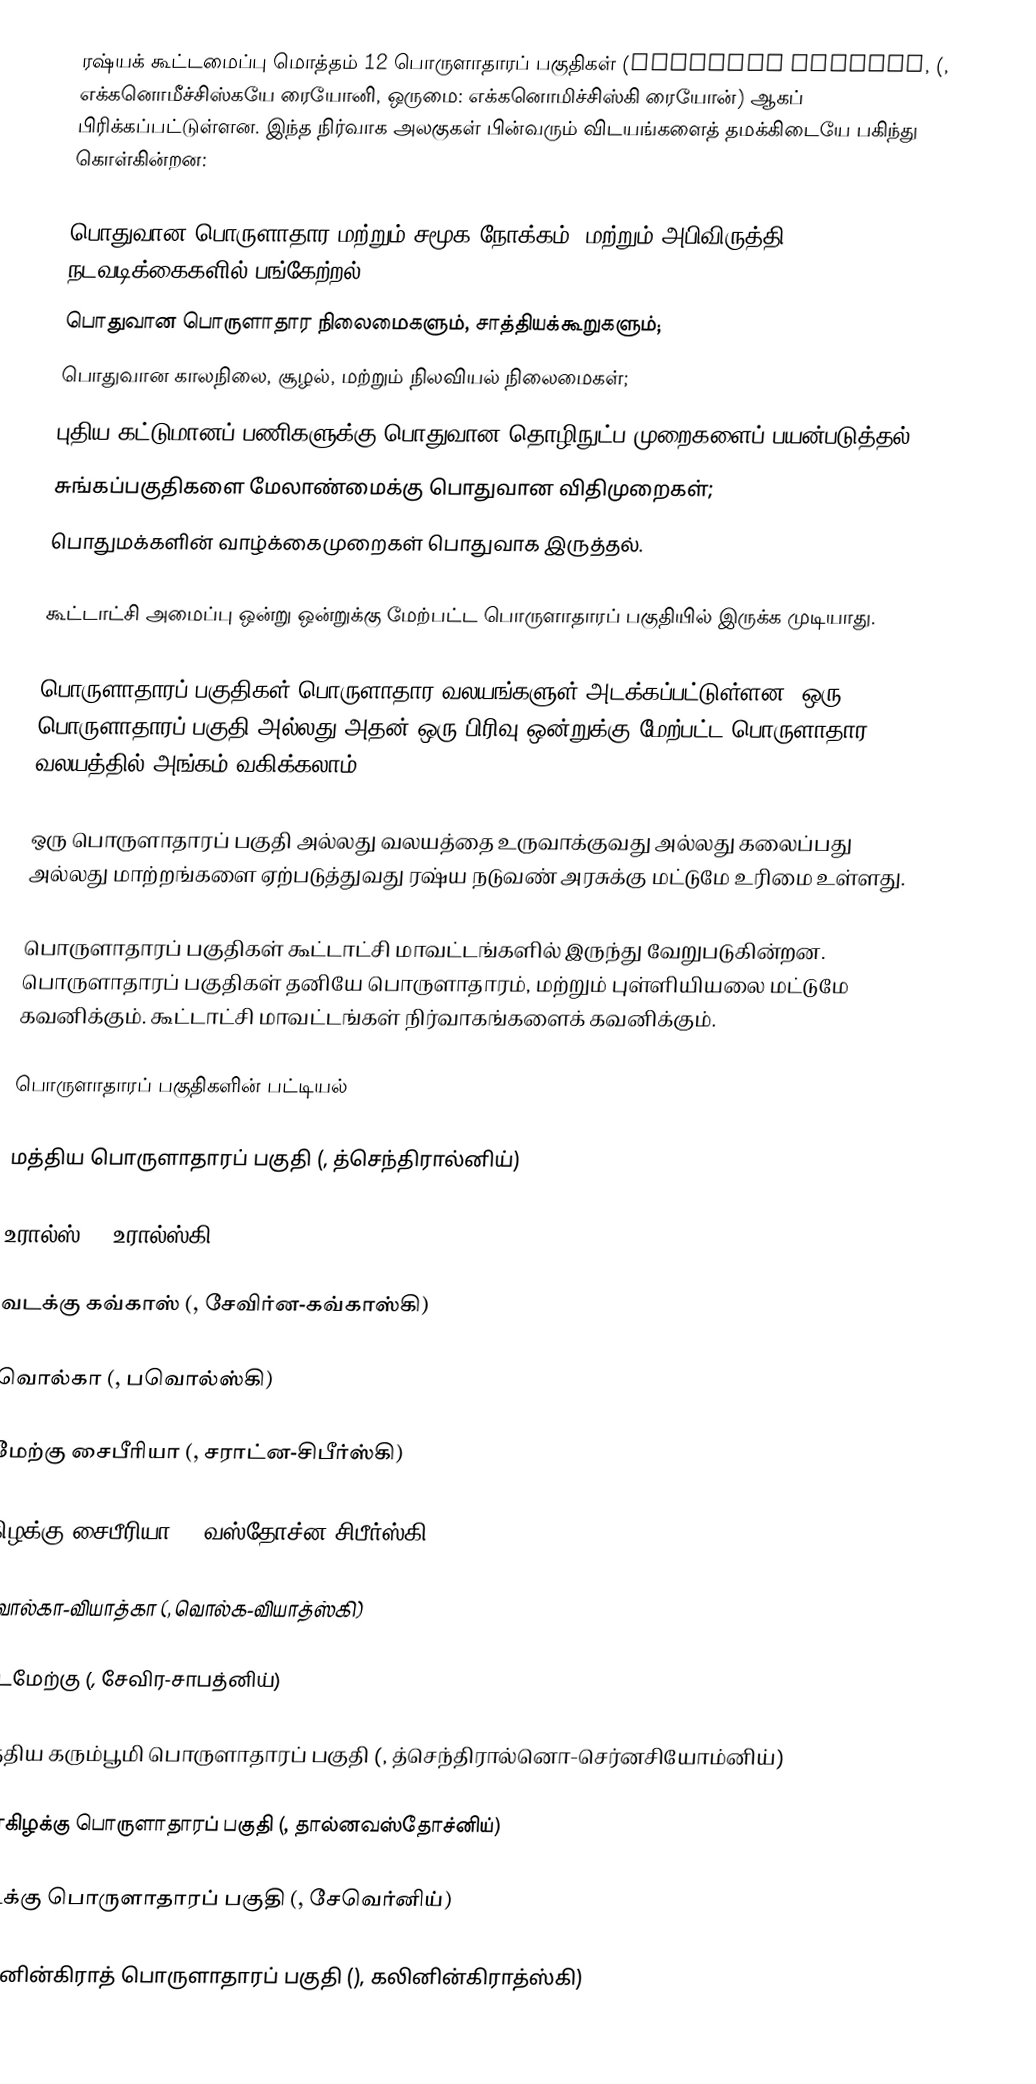
ரஷ்யக் கூட்டமைப்பு மொத்தம் 12 பொருளாதாரப் பகுதிகள் (economic regions, (, எக்கனொமீச்சிஸ்கயே ரையோனி, ஒருமை: எக்கனொமிச்சிஸ்கி ரையோன்) ஆகப் பிரிக்கப்பட்டுள்ளன. இந்த நிர்வாக அலகுகள் பின்வரும் விடயங்களைத் தமக்கிடையே பகிந்து கொள்கின்றன:

 பொதுவான பொருளாதார மற்றும் சமூக நோக்கம், மற்றும் அபிவிருத்தி நடவடிக்கைகளில் பங்கேற்றல்;
 பொதுவான பொருளாதார நிலைமைகளும், சாத்தியக்கூறுகளும்;
 பொதுவான காலநிலை, சூழல், மற்றும் நிலவியல் நிலைமைகள்;
 புதிய கட்டுமானப் பணிகளுக்கு பொதுவான தொழிநுட்ப முறைகளைப் பயன்படுத்தல்;
 சுங்கப்பகுதிகளை மேலாண்மைக்கு பொதுவான விதிமுறைகள்;
 பொதுமக்களின் வாழ்க்கைமுறைகள் பொதுவாக இருத்தல்.

கூட்டாட்சி அமைப்பு ஒன்று ஒன்றுக்கு மேற்பட்ட பொருளாதாரப் பகுதியில் இருக்க முடியாது.

பொருளாதாரப் பகுதிகள் பொருளாதார வலயங்களுள் அடக்கப்பட்டுள்ளன. ஒரு பொருளாதாரப் பகுதி அல்லது அதன் ஒரு பிரிவு ஒன்றுக்கு மேற்பட்ட பொருளாதார வலயத்தில் அங்கம் வகிக்கலாம்.

ஒரு பொருளாதாரப் பகுதி அல்லது வலயத்தை உருவாக்குவது அல்லது கலைப்பது அல்லது மாற்றங்களை ஏற்படுத்துவது ரஷ்ய நடுவண் அரசுக்கு மட்டுமே உரிமை உள்ளது.

பொருளாதாரப் பகுதிகள் கூட்டாட்சி மாவட்டங்களில் இருந்து வேறுபடுகின்றன. பொருளாதாரப் பகுதிகள் தனியே பொருளாதாரம், மற்றும் புள்ளியியலை மட்டுமே கவனிக்கும். கூட்டாட்சி மாவட்டங்கள் நிர்வாகங்களைக் கவனிக்கும்.

பொருளாதாரப் பகுதிகளின் பட்டியல்

 மத்திய பொருளாதாரப் பகுதி (, த்செந்திரால்னிய்)

 உரால்ஸ் (, உரால்ஸ்கி)

 வடக்கு கவ்காஸ் (, சேவிர்ன-கவ்காஸ்கி)

 வொல்கா (, பவொல்ஸ்கி)

 மேற்கு சைபீரியா (, சராட்ன-சிபீர்ஸ்கி)

 கிழக்கு சைபீரியா (, வஸ்தோச்ன-சிபீர்ஸ்கி)

 வொல்கா-வியாத்கா (, வொல்க-வியாத்ஸ்கி)

 வடமேற்கு (, சேவிர-சாபத்னிய்)

 மத்திய கரும்பூமி பொருளாதாரப் பகுதி (, த்செந்திரால்னொ-செர்னசியோம்னிய்)

 தூரகிழக்கு பொருளாதாரப் பகுதி  (, தால்னவஸ்தோச்னிய்)

 வடக்கு பொருளாதாரப் பகுதி (, சேவெர்னிய்)

 கலினின்கிராத் பொருளாதாரப் பகுதி (), கலினின்கிராத்ஸ்கி)